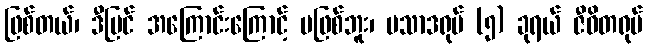
ဖြစ်တယ်၊ ဒီပြင် အကြောင်းကြောင့် မဖြစ်ဘူး၊ ပသာဒရုပ် (၅) ခုရယ် ဇီဝိတရုပ်